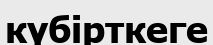
күбірткеге